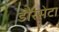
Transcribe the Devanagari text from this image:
डौरसेटा